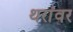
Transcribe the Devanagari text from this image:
थरांवर